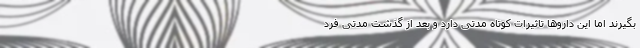
بگیرند اما این داروها تاثیرات کوتاه مدتی دارد و بعد از گذشت مدتی فرد